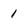
Character: 1